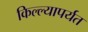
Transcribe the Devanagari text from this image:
किल्ल्यापर्यत